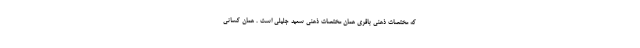
که مختصات ذهنی باقری همان مختصات ذهنی سعید جلیلی است . همان کسانی